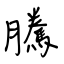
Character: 騰